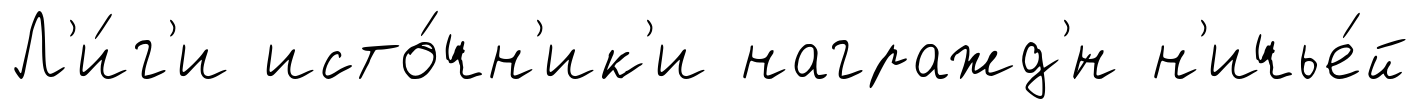
Л'и́г'и исто́чн'ик'и награжд'́н н'ичье́й